Madras plague regulations in force outside the Presidency town - Volume 2
Disease focus: Plague
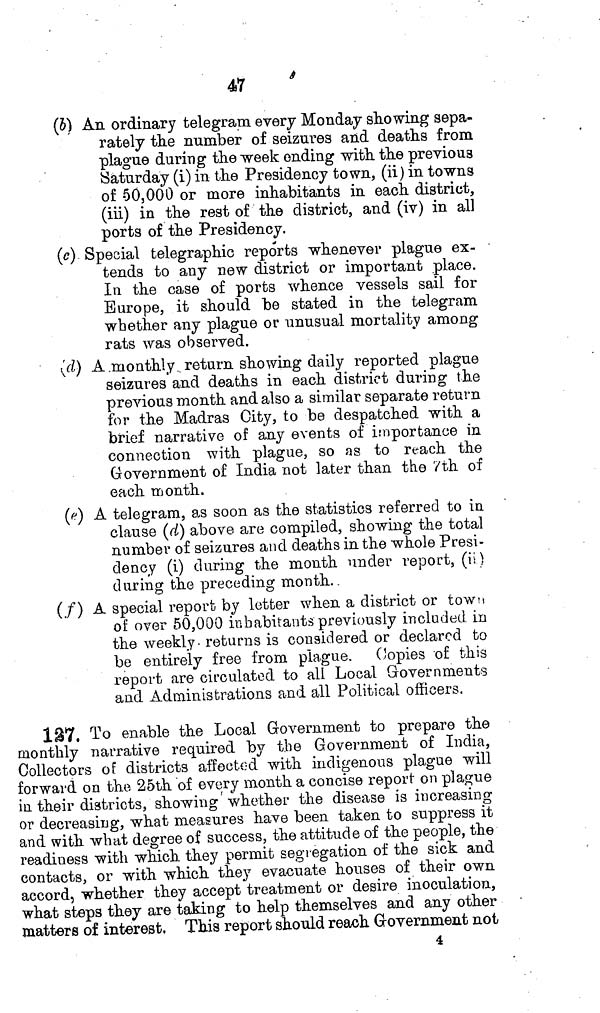
47
(b) An ordinary telegram every Monday showing sepa-
rately the number of seizures and deaths from
plague during the week ending with the previous
Saturday (i) in the Presidency town, (ii) in towns
of 50,000 or more inhabitants in each district,
(iii) in the rest of the district, and (iv) in all
ports of the Presidency,
(c) Special telegraphic reports whenever plague ex-
tends to any new district or important place.
In the case of ports whence vessels sail for
Europe, it should be stated in the telegram
whether any plague or unusual mortality among
rats was observed.
(d) A monthly return showing daily reported plague
seizures and deaths in each district during the
previous month and also a similar separate return
for the Madras City, to be despatched with a
brief narrative of any events of importance in
connection with plague, so as to reach the
Government of India not later than the 7th of
each month.
(e) A telegram, as soon as the statistics referred to in
clause (d) above are compiled, showing the total
number of seizures and deaths in the whole Presi-
dency (i) during the month under report, (ii)
during the preceding month..
(f) A special report by letter when a district or town
of over 50,000 inhabitants previously included in
the weekly, returns is considered or declared to
be entirely free from plague. Copies of this
report are circulated to all Local Governments
and Administrations and all Political officers,
127. To enable the Local Government to prepare the
monthly narrative required by the Government of India,
Collectors of districts affected with indigenous plague will
forward on the 25th of every month a concise report on plague
in their districts, showing whether the disease is increasing
or decreasing, what measures have been taken to suppress it
and with what degree of success, the attitude of the people, the
readiness with which they permit segregation of the sick and
contacts, or with which they evacuate houses of their own
accord, whether they accept treatment or desire inoculation,
what steps they are taking to help themselves and any other
matters of interest, This report should reach Government not
4